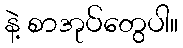
နဲ့ စာအုပ်တွေပါ။